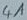
Text: 4A